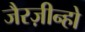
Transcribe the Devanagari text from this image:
जैरज़ीन्हो